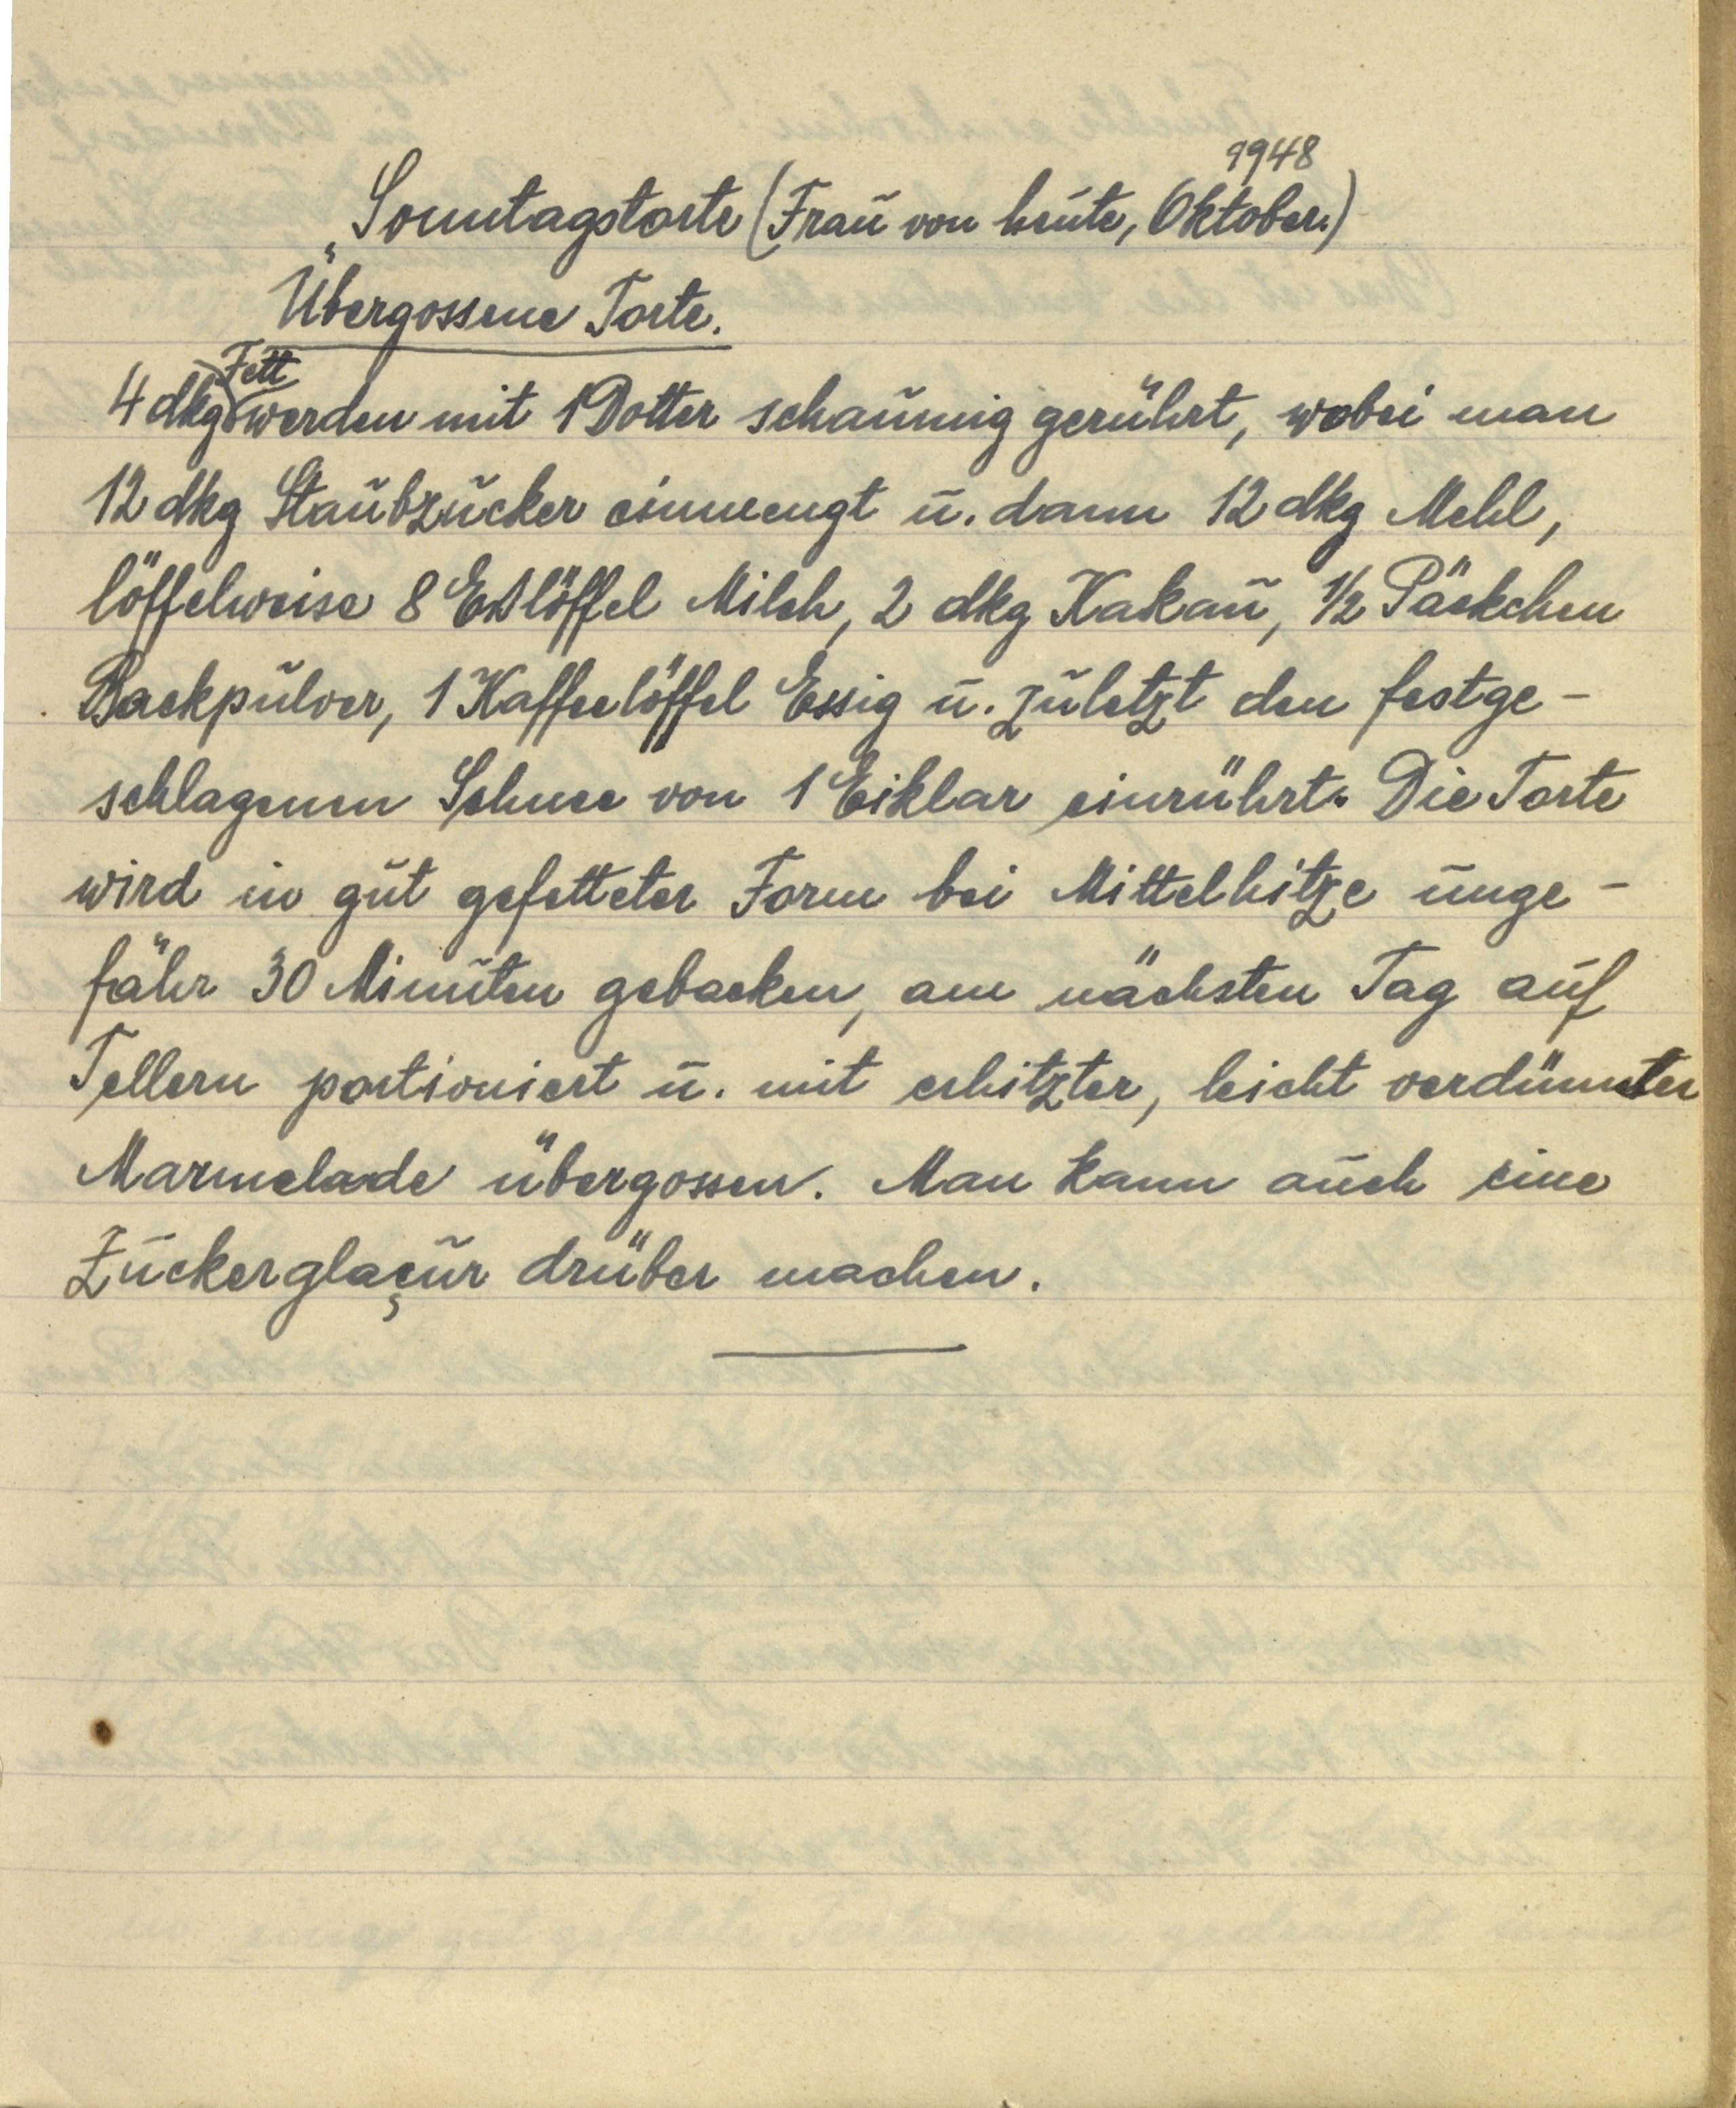
1948
Sonntagstorte (Frau von heute, Oktober)
Übergossene Torte.
4 dkg Fett werden mit 1 Dotter schaumig gerührt, wobei man
12 dkg Staubzucker einmengt u. dann 12 dkg Mehl,
löffelweise 8 Eßlöffel Milch, 2 dkg Kakau, ½ Päckchen
Backpulver, 1 Kaffeelöffel Essig u. zuletzt den festge¬
schlagenen Schnee von 1 Eiklar einrührt. Die Torte
wird in gut gefetteter Form bei Mittelhitze unge¬
fähr 30 Minuten gebacken, am nächsten Tag auf
Tellern portioniert u. mit erhitzter, leicht verdünnter
Marmelade übergossen. Man kann auch eine
Zuckerglaçur drüber machen.